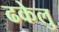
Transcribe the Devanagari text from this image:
ढकेलु